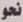
نحو